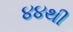
૪૪થી